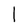
Character: l